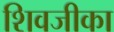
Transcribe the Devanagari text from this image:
शिवजीका